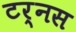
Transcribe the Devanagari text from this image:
टर्नस